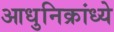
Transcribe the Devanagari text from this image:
आधुनिक्रांध्ये